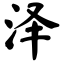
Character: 泽